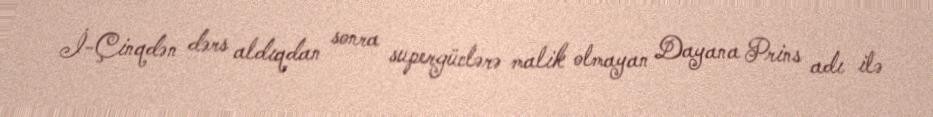
İ-Çinqdən dərs aldıqdan sonra supergüclərə malik olmayan Dayana Prins adı ilə